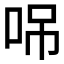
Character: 𠲢